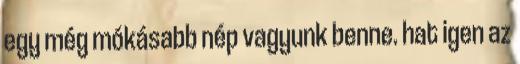
egy még mókásabb nép vagyunk benne. hat igen az